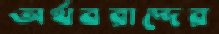
অর্থবরাদ্দের